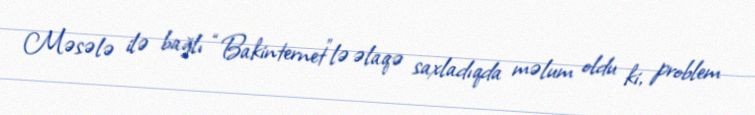
Məsələ ilə bağlı “Bakinternet”lə əlaqə saxladıqda məlum oldu ki, problem